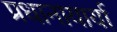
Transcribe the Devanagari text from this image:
प्रधानायार्या